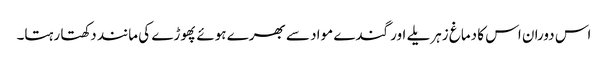
اس دوران اس کا دماغ زہریلے اور گندے مواد سے بھرے ہوئے پھوڑے کی مانند دکھتا رہتا۔